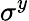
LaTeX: \sigma^{y}